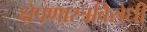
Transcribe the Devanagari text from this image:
क्षेपणास्त्रविरोधी